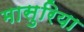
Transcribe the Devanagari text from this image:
मासुरिया